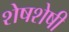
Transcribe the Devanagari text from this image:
शेषशेषी